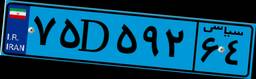
۲۹D۰۲۲۵۰